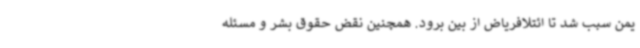
یمن سبب شد تا ائتلافریاض از بین برود. همچنین نقض حقوق بشر و مسئله